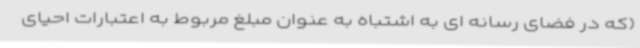
(که در فضای رسانه ای به اشتباه به عنوان مبلغ مربوط به اعتبارات احیای